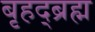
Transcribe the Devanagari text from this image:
बृहद्ब्रह्म